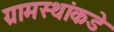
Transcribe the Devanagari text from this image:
ग्रामस्थांकडे